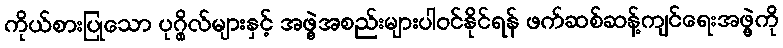
ကိုယ်စားပြုသော ပုဂ္ဂိုလ်များနှင့် အဖွဲ့အစည်းများပါဝင်နိုင်ရန် ဖက်ဆစ်ဆန့်ကျင်ရေးအဖွဲ့ကို